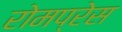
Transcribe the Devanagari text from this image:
रोमप्रेस